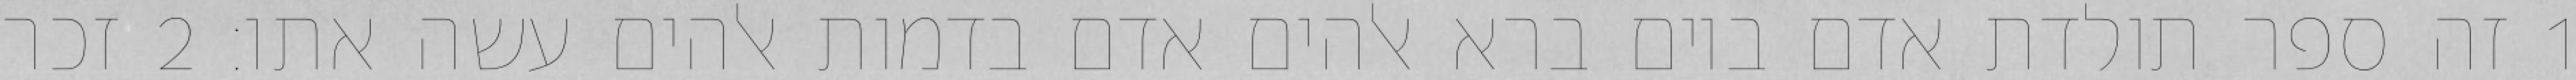
1 זה ספר תולדת אדם ביום ברא אלהים אדם בדמות אלהים עשה אתו׃ ‎2‏ זכר